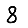
Digit: 8